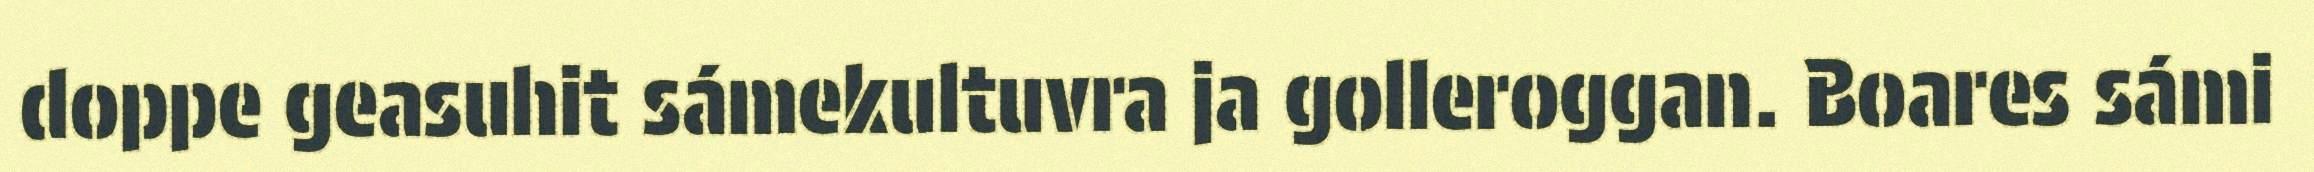
doppe geasuhit sámekultuvra ja golleroggan. Boares sámi